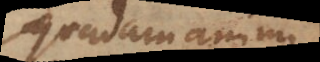
quadam animi